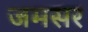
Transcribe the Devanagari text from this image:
जमसर